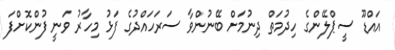
އައްޑޫ ސީޕްލޭންގެ ހިދުމަތް ދިނުމަށް ބޭނުންވާ ސަރަަހައްދުގެ ފަޅު މިހާރު ވަނީ ފުންކޮށްފަ